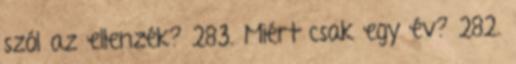
szól az ellenzék? 283. Miért csak egy év? 282.